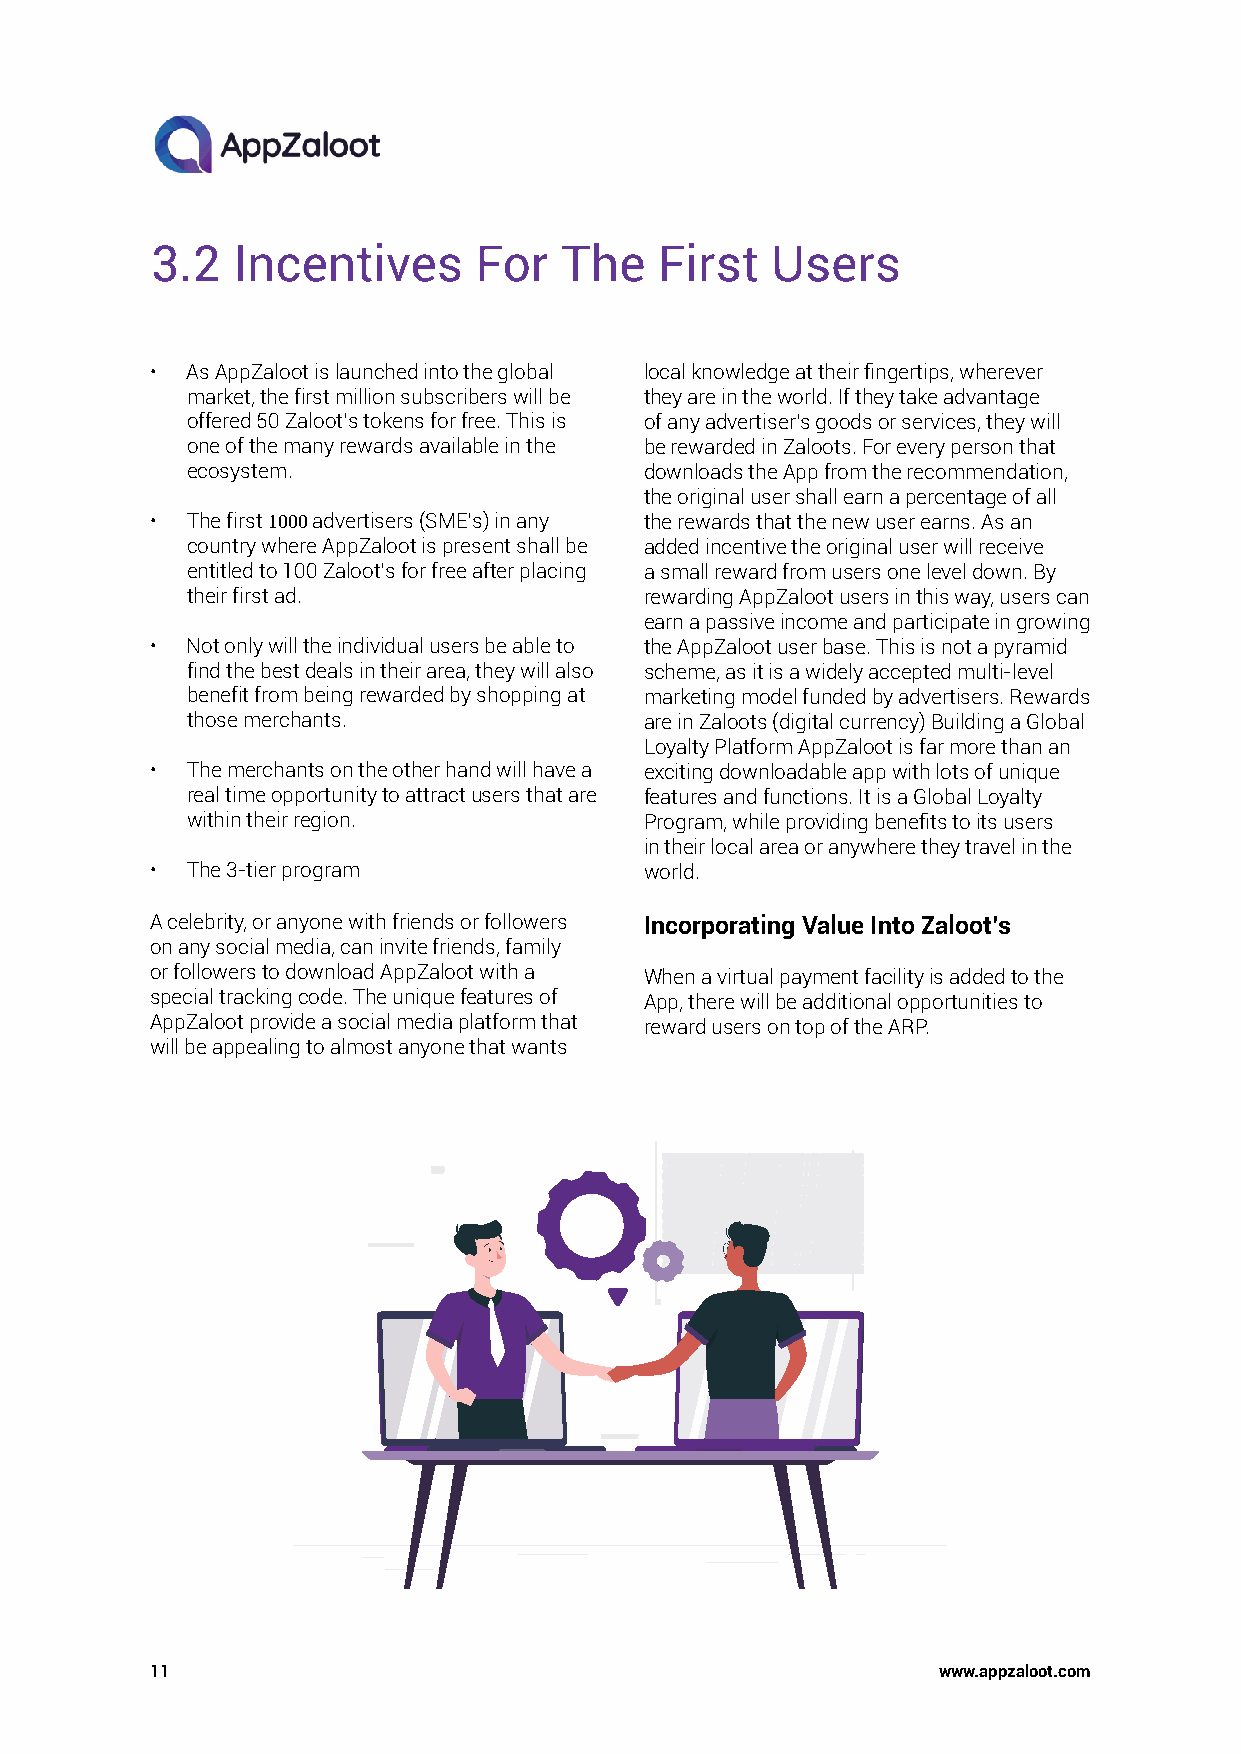
3.2  Incentives      For   The    First  Users
 • As AppZaloot is launched into the global local knowledge at their fingertips, wherever
 market, the first million subscribers will be they are in the world. If they take advantage
 offered 50 Zaloot’s tokens for free. This is of any advertiser’s goods or services, they will
 one of the many rewards available in the be rewarded in Zaloots. For every person that
 ecosystem.                     downloads the App from the recommendation,
 the original user shall earn a percentage of all
 • The first 1000 advertisers (SME’s) in any the rewards that the new user earns. As an
 country where AppZaloot is present shall be added incentive the original user will receive
 entitled to 100 Zaloot’s for free after placing a small reward from users one level down. By
 their first ad.                rewarding AppZaloot users in this way, users can
 earn a passive income and participate in growing
 • Not only will the individual users be able to the AppZaloot user base. This is not a pyramid
 find the best deals in their area, they will also scheme, as it is a widely accepted multi-level
 benefit from being rewarded by shopping at marketing model funded by advertisers. Rewards
 those merchants.               are in Zaloots (digital currency) Building a Global
 Loyalty Platform AppZaloot is far more than an
 • The merchants on the other hand will have a exciting downloadable app with lots of unique
 real time opportunity to attract users that are features and functions. It is a Global Loyalty
 within their region.           Program, while providing benefits to its users
 in their local area or anywhere they travel in the
 • The 3-tier program             world.
 A celebrity, or anyone with friends or followers Incorporating Value Into Zaloot’s
 on any social media, can invite friends, family
 or followers to download AppZaloot with a When a virtual payment facility is added to the
 special tracking code. The unique features of App, there will be additional opportunities to
 AppZaloot provide a social media platform that reward users on top of the ARP.
 will be appealing to almost anyone that wants
 11                                                  www.appzaloot.com